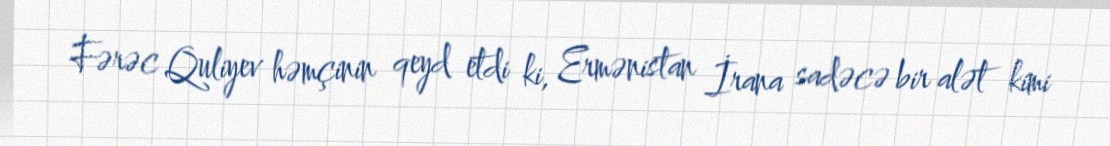
Fərəc Quliyev həmçinin qeyd etdi ki, Ermənistan İrana sadəcə bir alət kimi